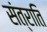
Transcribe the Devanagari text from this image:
संत्राति